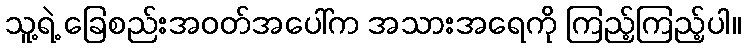
သူ့ရဲ့ ခြေစည်းအဝတ်အပေါ်က အသားအရေကို ကြည့်ကြည့်ပါ။